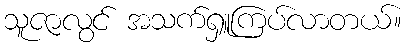
သူဇာလွင် အသက်ရှူကြပ်လာတယ်။